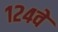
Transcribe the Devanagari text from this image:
१२४वे